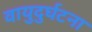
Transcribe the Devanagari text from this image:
वायुदुर्घटना